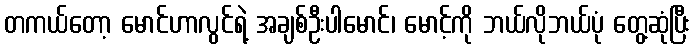
တကယ်တော့ မောင်ဟာလွင်ရဲ့ အချစ်ဦးပါမောင်၊ မောင့်ကို ဘယ်လိုဘယ်ပုံ တွေ့ဆုံပြီး